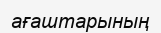
ағаштарының